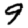
Digit: 9